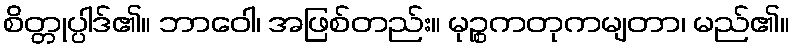
စိတ္တုပ္ပါဒ်၏။ ဘာဝေါ၊ အဖြစ်တည်း။ မုဉ္စကတုကမျတာ၊ မည်၏။